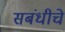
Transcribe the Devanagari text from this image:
सबंधीचे